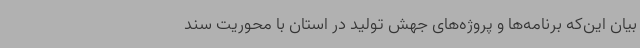
بیان این‌که برنامه‌ها و پروژه‌های جهش تولید در استان با محوریت سند